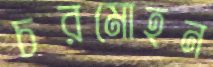
চরমোহন